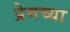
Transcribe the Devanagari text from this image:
प्रेमच्या